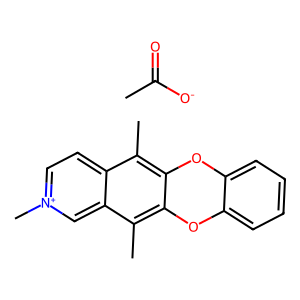
SMILES: CC(=O)[O-].Cc1c2c(c(C)c3c[n+](C)ccc13)Oc1ccccc1O2
Inhibits HIV replication: No